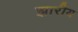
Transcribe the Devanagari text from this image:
झारीय